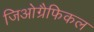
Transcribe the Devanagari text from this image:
जिओग्रैफिकल